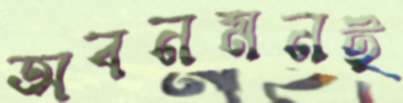
অবনমনই